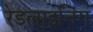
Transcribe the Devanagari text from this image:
रेडलाइनिंग